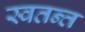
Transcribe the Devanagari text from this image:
स्वतन्त